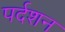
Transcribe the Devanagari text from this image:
पर्दशन